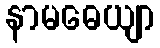
နာမဓေယျာ